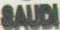
SAUDI